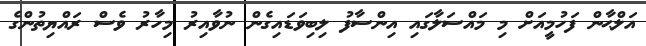
އަލްޙާން ފަހުމީއަށް މި މައްސަލާގައި އިންސާފު ލިބިވަޑައިގެން ނުވާއިރު މިހާރު ވެސް ރައްޔިތުންގެ